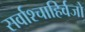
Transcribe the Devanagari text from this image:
सर्वाश्चाहिर्वजो